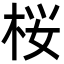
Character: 桜